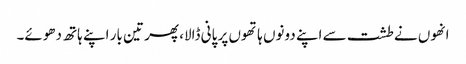
انھوں نے طشت سے اپنے دونوں ہاتھوں پر پانی ڈالا، پھر تین بار اپنے ہاتھ دھوئے۔